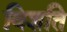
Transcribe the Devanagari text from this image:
विशति